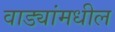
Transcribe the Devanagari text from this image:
वाड्यांमधील